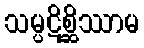
သမ္ပဋိစ္ဆိဿာမ